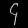
Digit: ၄